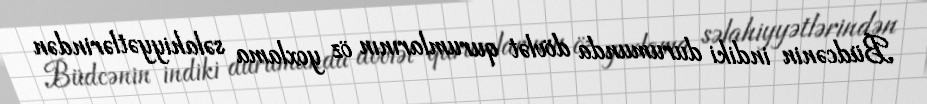
Büdcənin indiki durumunda dövlət qurumlarının öz yoxlama səlahiyyətlərindən